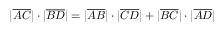
| { \overline { { A C } } } | \cdot | { \overline { { B D } } } | = | { \overline { { A B } } } | \cdot | { \overline { { C D } } } | + | { \overline { { B C } } } | \cdot | { \overline { { A D } } } |